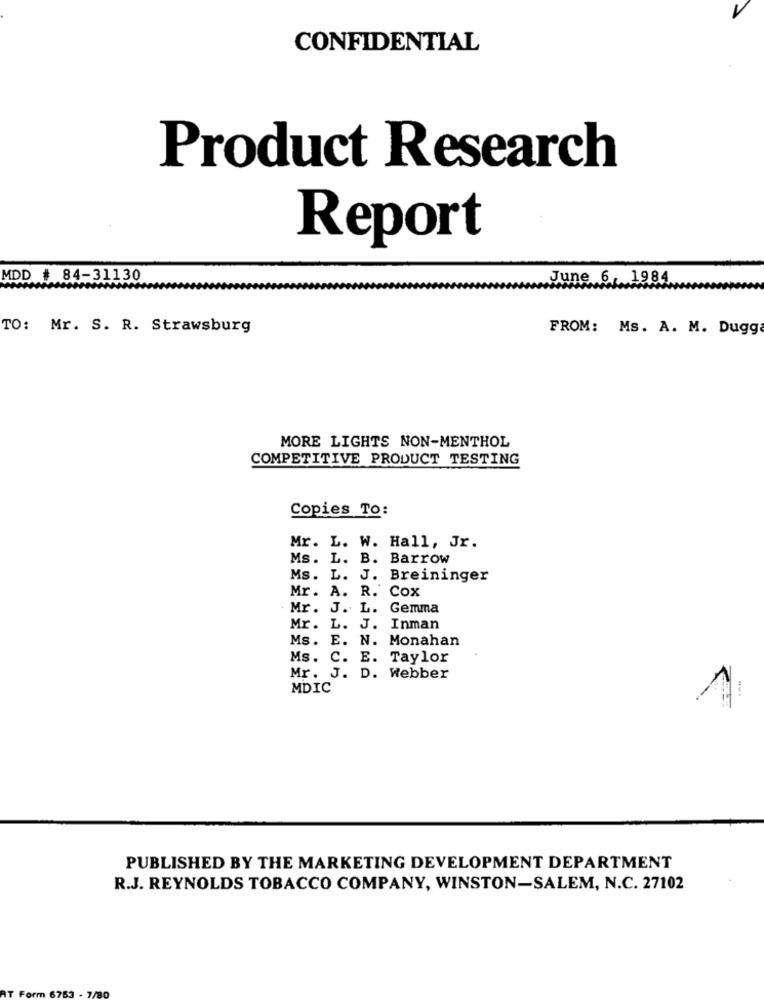
CONFIDENTIAL
Product Research
Report
MDD # 84-31130
June 6, 1984
TO: Mr. S. R. Strawsburg
FROM: Ms. A. M. Dugg
MORE LIGHTS NON-MENTHOL
COMPETITIVE PRODUCT TESTING
Copies To:
Mr. L. W. Hall, Jr.
Ms. L. B. Barrow
Ms. L. J. Breininger
Mr. A. R. Cox
Mr. J. L. Gemma
Mr. L. J. Inman
Ms. E. N. Monahan
Ms. C. E. Taylor
Mr. J. D. Webber
MDIC
PUBLISHED BY THE MARKETING DEVELOPMENT DEPARTMENT
R.J. REYNOLDS TOBACCO COMPANY, WINSTON-SALEM, N.C. 27102
orm 6753